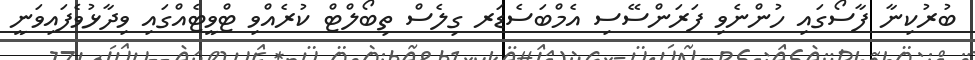
ބުރުކިނާ ފާސޯގައި ހުންނެވި ފަރަންސޭސި އެމްބަސެޑަރ ގިލެސް ތިބޯލްޓް ކުރެއްވި ޓްވީޓެއްގައި ވިދާޅުވެފައިވަނީ